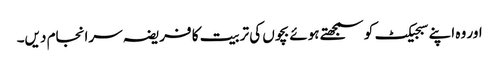
اور وہ اپنے سبجیکٹ کو سمجھتے ہوئے بچوں کی تربیت کا فریضہ سرانجام دیں۔